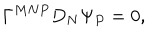
\Gamma ^ { M N P } D _ { N } \Psi _ { P } = 0 ,